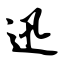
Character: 迅